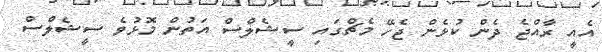
އެއީ ރާއްޖެ ދެން ކުޅެން ޖެހޭ މެޗްގައި ސީޝެލްސް އަތުން މޮޅުވެ ސީޝެލްސް